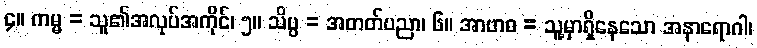
၄။ ကမ္မ = သူ၏အလုပ်အကိုင်၊ ၅။ သိပ္ပ = အတတ်ပညာ၊ ၆။ အာဗာဓ = သူ့မှာရှိနေသော အနာရောဂါ၊